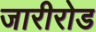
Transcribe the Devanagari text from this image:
जारीरोड